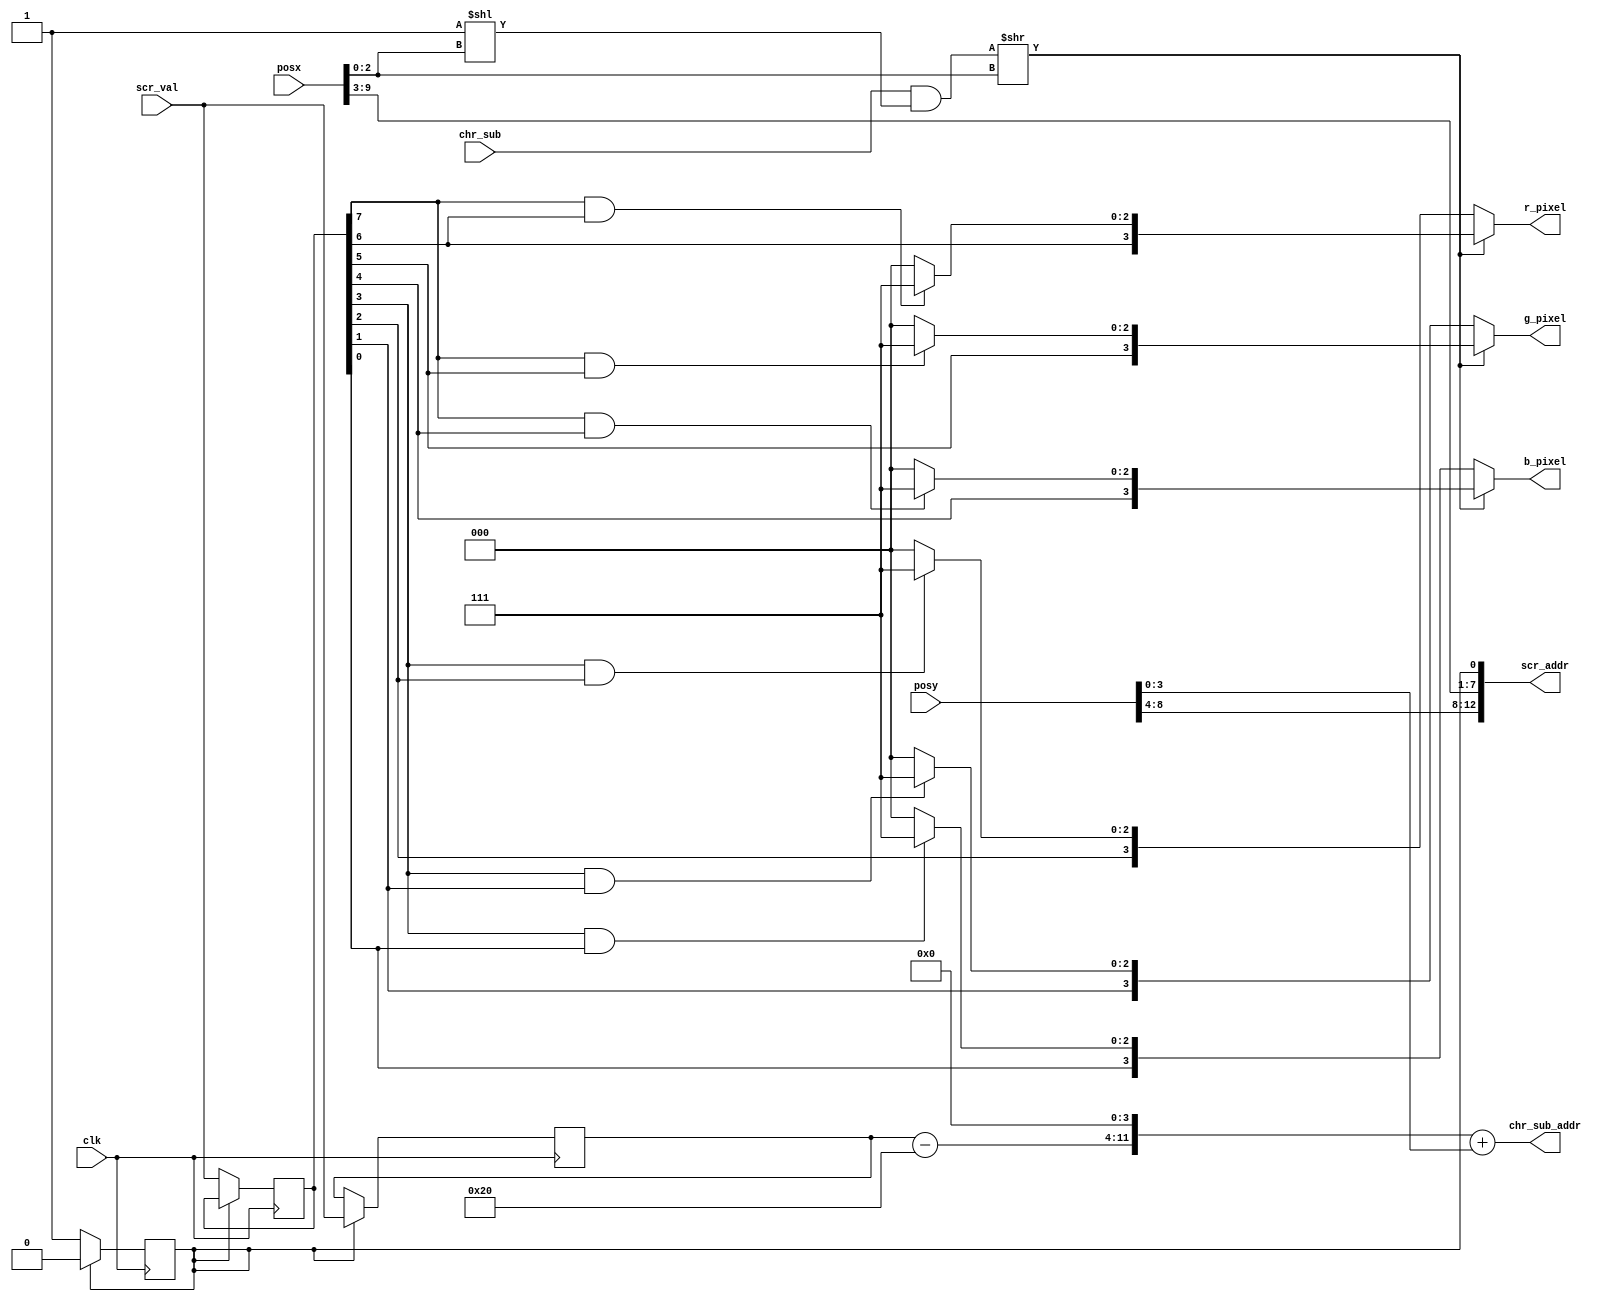
module ctxt_ctrl (		
		input clk,
		input [7:0] scr_val,
		input [9:0] posx,
		input [8:0] posy,
		input [7:0] chr_sub,
		
		output [15:0] scr_addr,
		output [11:0] chr_sub_addr,
		output [3:0] r_pixel,
		output [3:0] g_pixel,
		output [3:0] b_pixel
	);
	
	(*keep*) wire [3:0] row;
	(*keep*) wire [2:0] col;
	(*keep*) wire [7:0] pixel_mask;
	
	wire [12:0] chr_addr;
	wire [12:0] colr_addr;
	
	reg [7:0] chr_val;
	reg [7:0] colr_val;
	
	reg sel;
	
	assign row = posy [3:0];
	assign col = posx [2:0];
	assign pixel_mask = (8'b1 << col);
	
	assign scr_addr [0] = sel;
	assign scr_addr [7:1] = posx [9:3];
	assign scr_addr [12:8] = posy [8:4];
	
	always @(posedge clk) begin
		if (sel == 1) begin
			sel = 0;
		end
		else if (sel == 0) begin
			sel = 1;
		end
		if (sel == 0) begin
			chr_val <= scr_val;
		end
		else if (sel == 1) begin
			colr_val <= scr_val;
		end
	end
	
	assign chr_sub_addr = ((chr_val - 32) << 4) + row;
	
	wire pixel;
	
	assign pixel = (chr_sub & pixel_mask) >> col;
	
	(*keep*)wire [3:0] r_fgnd;
	(*keep*)wire [3:0] g_fgnd;
	(*keep*)wire [3:0] b_fgnd;
	
	assign r_fgnd [3] = colr_val [6];
	assign g_fgnd [3] = colr_val [5];
	assign b_fgnd [3] = colr_val [4];
	
	assign r_fgnd [2:0] = (colr_val [7] & r_fgnd [3]) ? 3'b111 : 3'b000;
	assign g_fgnd [2:0] = (colr_val [7] & g_fgnd [3]) ? 3'b111 : 3'b000;
	assign b_fgnd [2:0] = (colr_val [7] & b_fgnd [3]) ? 3'b111 : 3'b000;
	
	wire [3:0] r_bkgnd;
	wire [3:0] g_bkgnd;
	wire [3:0] b_bkgnd;
	
	assign r_bkgnd [3] = colr_val [2];
	assign g_bkgnd [3] = colr_val [1];
	assign b_bkgnd [3] = colr_val [0];
	
	assign r_bkgnd [2:0] = (colr_val [3] & r_bkgnd [3]) ? 3'b111 : 3'b000;
	assign g_bkgnd [2:0] = (colr_val [3] & g_bkgnd [3]) ? 3'b111 : 3'b000;
	assign b_bkgnd [2:0] = (colr_val [3] & b_bkgnd [3]) ? 3'b111 : 3'b000;
	
	assign r_pixel = pixel ? r_fgnd : r_bkgnd;
	assign g_pixel = pixel ? g_fgnd : g_bkgnd;
	assign b_pixel = pixel ? b_fgnd : b_bkgnd;
	
endmodule